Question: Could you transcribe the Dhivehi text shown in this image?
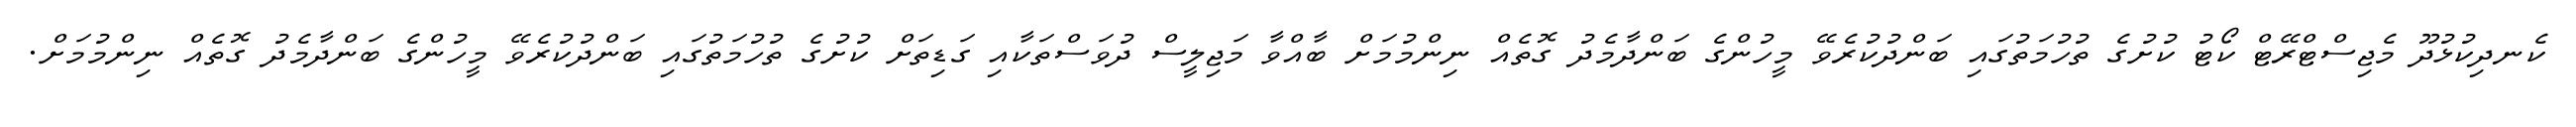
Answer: ކެނދިކުޅުދޫ މެޖިސްޓްރޭޓް ކޯޓު ކުށުގެ ތުހުމަތުގައި ބަންދުކުރެވޭ މީހުންގެ ބަންދާމެދު ގޮތެއް ނިންމުމަށް ބާއްވާ މަޖިލީސް ދުވަސްތަކާއި ގަޑިތަށް ކުށުގެ ތުހުމަތުގައި ބަންދުކުރެވޭ މީހުންގެ ބަންދާމެދު ގޮތެއް ނިންމުމަށް.